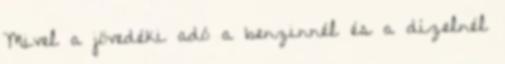
Mivel a jövedéki adó a benzinnél és a dízelnél